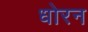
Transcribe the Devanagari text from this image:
धोरन